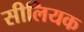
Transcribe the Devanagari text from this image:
सीलियक